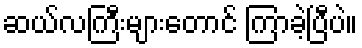
ဆယ်လကြီးများတောင် ကြာခဲ့ပြီပဲ။